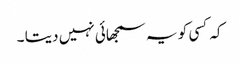
کہ کسی کو یہ سمجھائی نہیں دیتا ۔